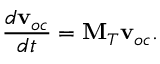
\frac { d \mathbf { v } _ { o c } } { d t } = \mathbf { M } _ { T } \mathbf { v } _ { o c } .